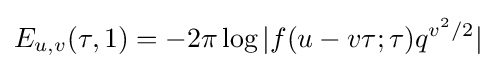
E_{u,v}(\tau ,1)=-2\pi \log |f(u-v\tau ;\tau )q^{v^{2}/2}|